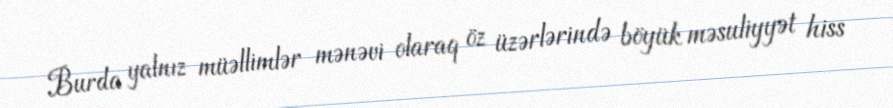
Burda yalnız müəllimlər mənəvi olaraq öz üzərlərində böyük məsuliyyət hiss